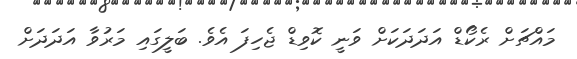
މައްޗަށް ރެކޯޑް އަދަދަކަށް ވަނީ ކޮވިޑް ޖެހިފަ އެވެ. ބަލީގައި މަރުވާ އަދަދަށް